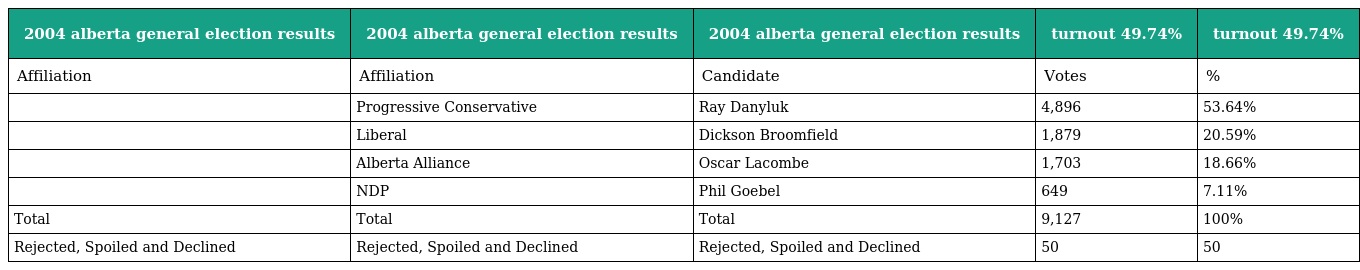
| 2004 alberta general election results | 2004 alberta general election results | 2004 alberta general election results | turnout 49.74% | turnout 49.74% |
 | --- | --- | --- | --- | --- |
 | Affiliation | Affiliation | Candidate | Votes | % |
 |  | Progressive Conservative | Ray Danyluk | 4,896 | 53.64% |
 |  | Liberal | Dickson Broomfield | 1,879 | 20.59% |
 |  | Alberta Alliance | Oscar Lacombe | 1,703 | 18.66% |
 |  | NDP | Phil Goebel | 649 | 7.11% |
 | Total | Total | Total | 9,127 | 100% |
 | Rejected, Spoiled and Declined | Rejected, Spoiled and Declined | Rejected, Spoiled and Declined | 50 | 50 |